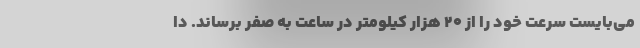
می‌بایست سرعت خود را از ۲۰ هزار کیلومتر در ساعت به صفر برساند. دا